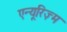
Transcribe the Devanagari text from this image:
एन्यूरिज़्म